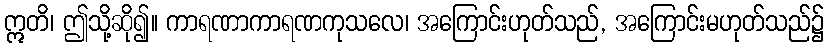
ဣတိ၊ ဤသို့ဆို၍။ ကာရဏာကာရဏကုသလေ၊ အကြောင်းဟုတ်သည်, အကြောင်းမဟုတ်သည်၌